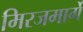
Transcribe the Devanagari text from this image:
मिरजमार्गे